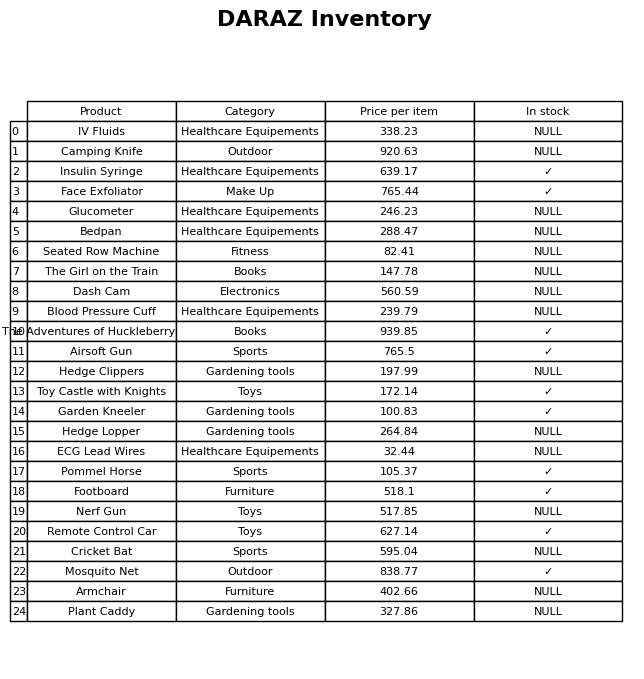
question: What is the price for Armchair?
answer: The price of Armchair is 402.66.